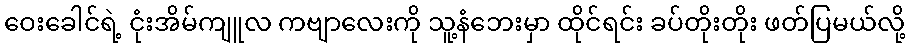
ဝေးခေါင်ရဲ့ ငုံးအိမ်ကျူလ ကဗျာလေးကို သူ့နံဘေးမှာ ထိုင်ရင်း ခပ်တိုးတိုး ဖတ်ပြမယ်လို့